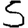
Digit: 5